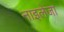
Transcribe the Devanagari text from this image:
नाइलेजा